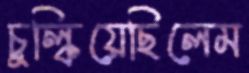
চুল্‌কিয়েছিলেম